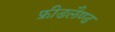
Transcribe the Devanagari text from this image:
फ्रीडलैण्ड